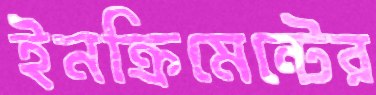
ইনক্রিমেন্টের